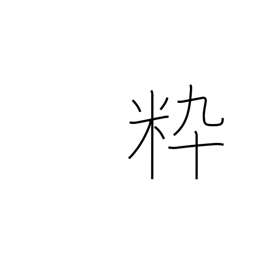
Meaning: chic